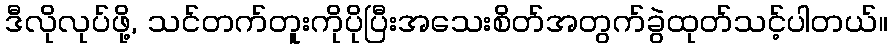
ဒီလိုလုပ်ဖို့, သင်တက်တူးကိုပိုပြီးအသေးစိတ်အတွက်ခွဲထုတ်သင့်ပါတယ်။